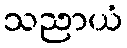
သညာယံ